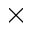
\times